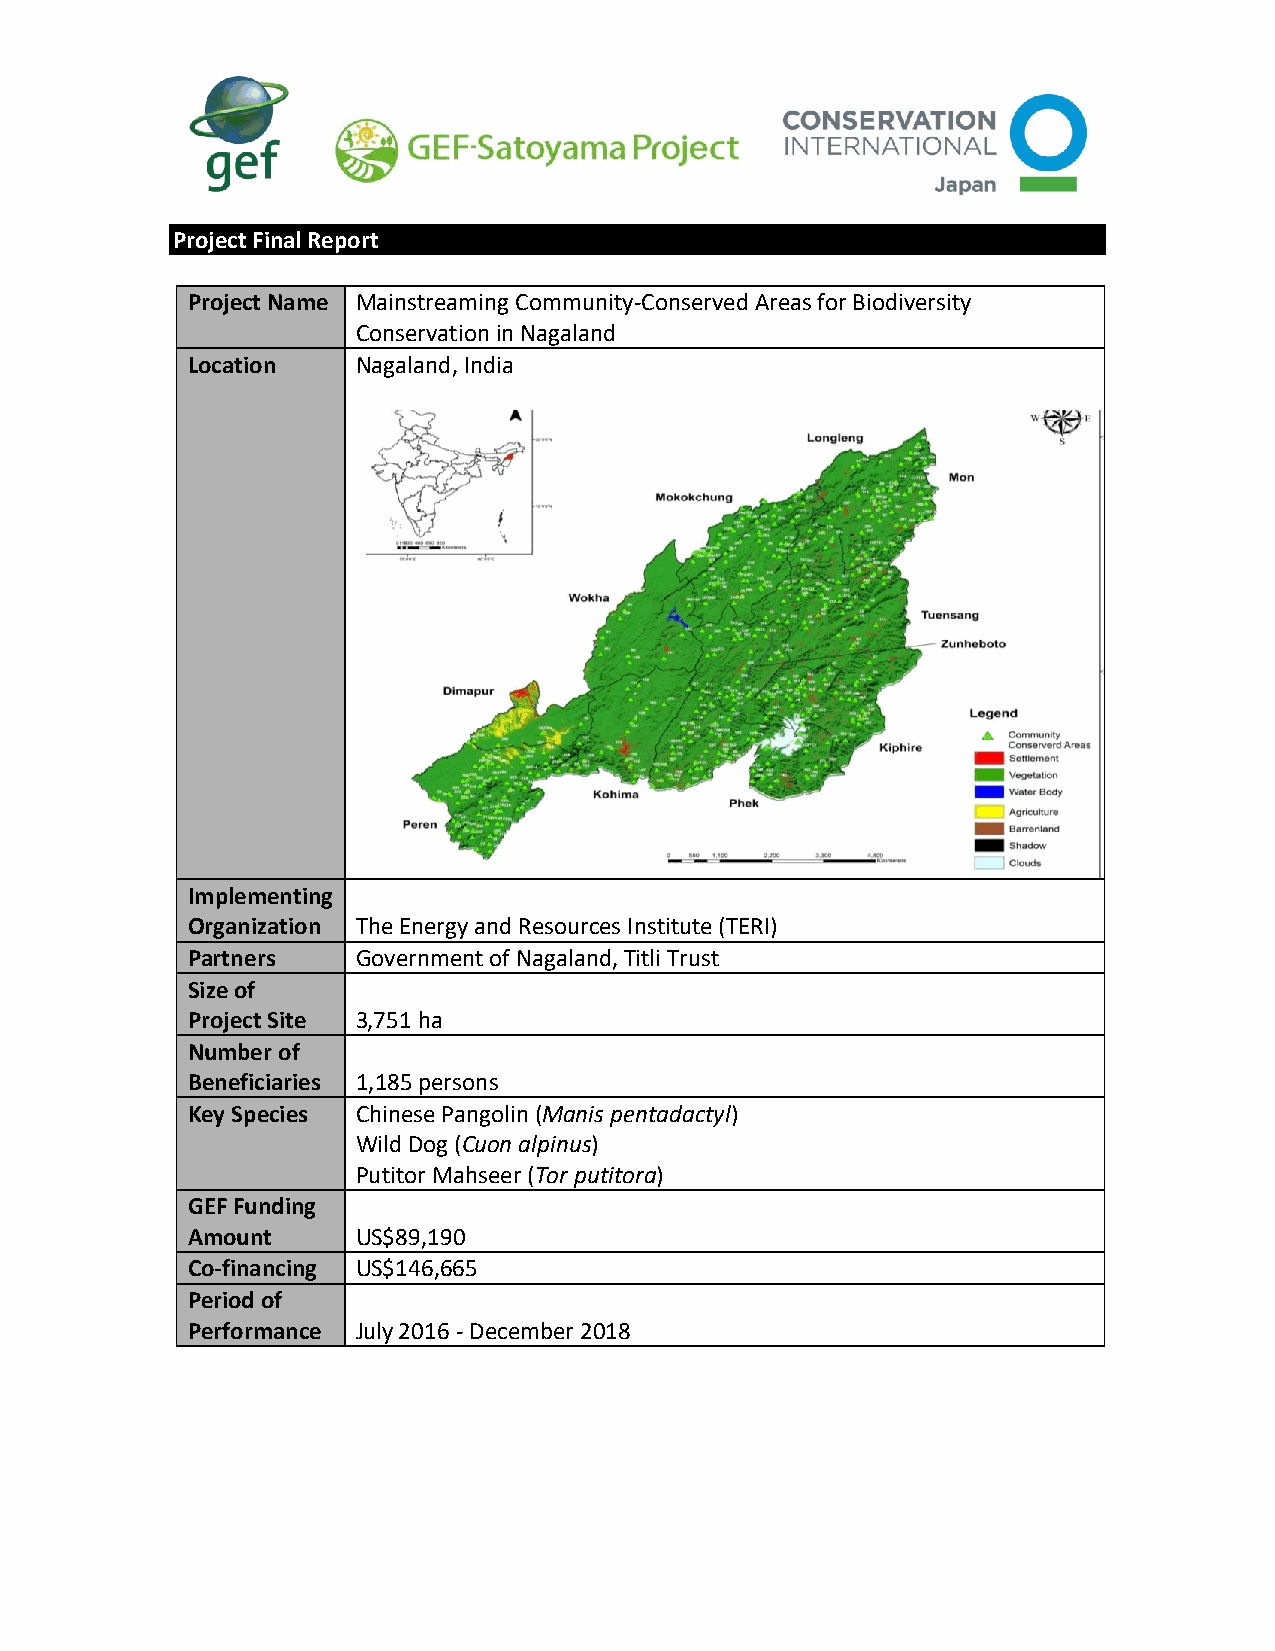
Project Final Report
 Project Name Mainstreaming Community-Conserved Areas for Biodiversity
 Conservation in Nagaland
 Location    Nagaland, India
 Implementing
 Organization The Energy and Resources Institute (TERI)
 Partners    Government of Nagaland, Titli Trust
 Size of
 Project Site 3,751 ha
 Number of
 Beneficiaries 1,185 persons
 Key Species Chinese Pangolin (Manis pentadactyl)
 Wild Dog (Cuon alpinus)
 Putitor Mahseer (Tor putitora)
 GEF Funding
 Amount      US$89,190
 Co-financing US$146,665
 Period of
 Performance July 2016 - December 2018